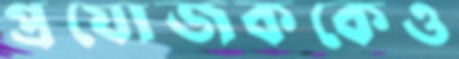
প্রযোজককেও